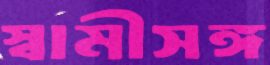
স্বামীসঙ্গ